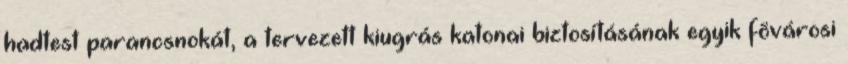
hadtest parancsnokát, a tervezett kiugrás katonai biztosításának egyik fõvárosi